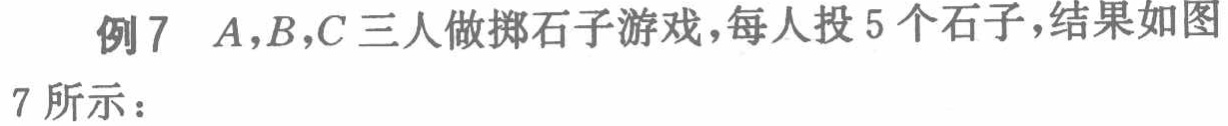
例7 \(A,B,C\)三人做掷石子游戏，每人投5个石子，结果如图7所示：